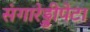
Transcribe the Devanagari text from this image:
संगारेड्डीपेटा